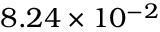
8 . 2 4 \times 1 0 ^ { - 2 }